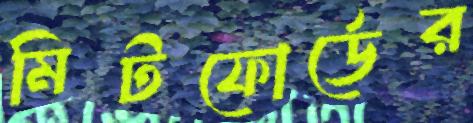
মিটফোর্ডের